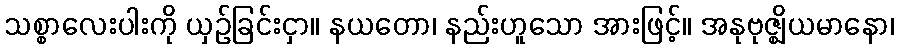
သစ္စာလေးပါးကို ယှဉ်ခြင်းငှာ။ နယတော၊ နည်းဟူသော အားဖြင့်။ အနုဗုဇ္ဈိယမာနော၊